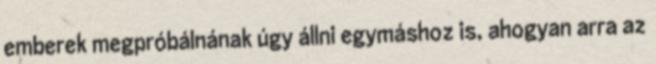
emberek megpróbálnának úgy állni egymáshoz is, ahogyan arra az